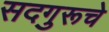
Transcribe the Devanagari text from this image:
सदगुरूचे